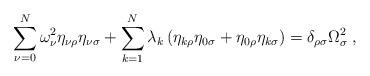
LaTeX: \begin{align*}\sum_{\nu=0}^N\omega_\nu^2\eta_{\nu\rho}\eta_{\nu\sigma}+\sum_{k=1}^N\lambda_k\left(\eta_{k\rho}\eta_{0\sigma}+\eta_{0\rho}\eta_{k\sigma}\right)=\delta_{\rho\sigma}\Omega_\sigma^2\;,\end{align*}